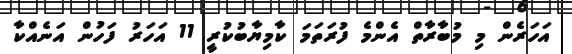
އަހަރެން މި މުބާރާތް އެންމެ ފުރަތަމަ ކާމިޔާބުކުރީ 11 އަހަރު ފަހުން އަނެއްކާ